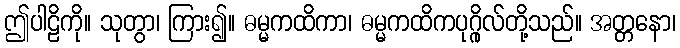
ဤပါဠိကို။ သုတွာ၊ ကြား၍။ ဓမ္မကထိကာ၊ ဓမ္မကထိကပုဂ္ဂိုလ်တို့သည်။ အတ္တနော၊